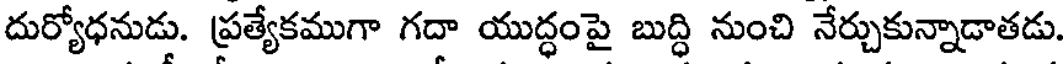
దుర్యోధనుడు. ప్రత్యేకముగా గదా యుద్ధంపై బుద్ధి నుంచి నేర్చుకున్నాడాతడు.